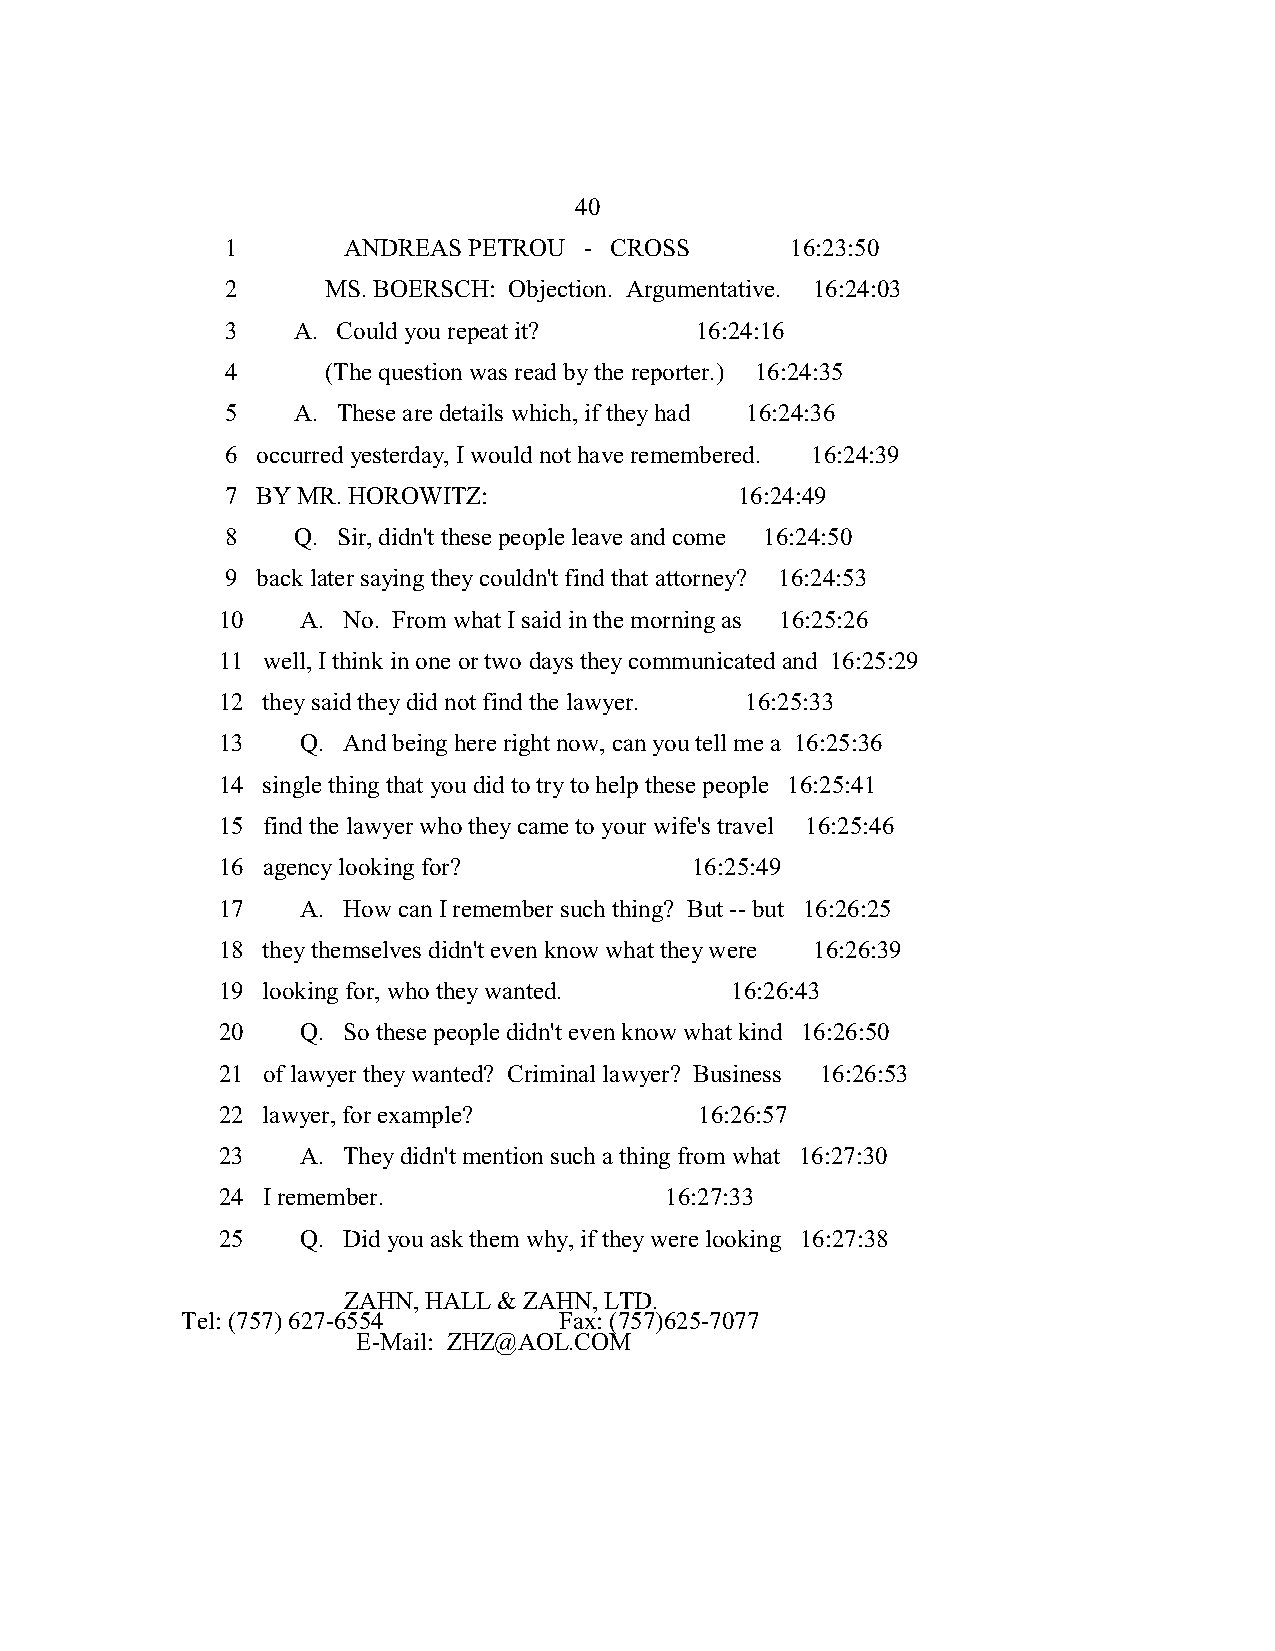
40
 1       ANDREAS PETROU  - CROSS      16:23:50
 2      MS. BOERSCH: Objection. Argumentative. 16:24:03
 3   A. Could you repeat it?    16:24:16
 4      (The question was read by the reporter.) 16:24:35
 5   A. These are details which, if they had 16:24:36
 6 occurred yesterday, I would not have remembered. 16:24:39
 7 BY MR. HOROWITZ:                16:24:49
 8   Q. Sir, didn't these people leave and come 16:24:50
 9 back later saying they couldn't find that attorney? 16:24:53
 10    A. No. From what I said in the morning as 16:25:26
 11 well, I think in one or two days they communicated and 16:25:29
 12 they said they did not find the lawyer. 16:25:33
 13    Q. And being here right now, can you tell me a 16:25:36
 14 single thing that you did to try to help these people 16:25:41
 15 find the lawyer who they came to your wife's travel 16:25:46
 16 agency looking for?          16:25:49
 17    A. How can I remember such thing? But -- but 16:26:25
 18 they themselves didn't even know what they were 16:26:39
 19 looking for, who they wanted.  16:26:43
 20    Q. So these people didn't even know what kind 16:26:50
 21 of lawyer they wanted? Criminal lawyer? Business 16:26:53
 22 lawyer, for example?         16:26:57
 23    A. They didn't mention such a thing from what 16:27:30
 24 I remember.                16:27:33
 25    Q. Did you ask them why, if they were looking 16:27:38
 ZAHN, HALL & ZAHN, LTD.
 Tel: (757) 627-6554      Fax: (757)625-7077
 E-Mail: ZHZ@AOL.COM